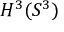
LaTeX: H ^ { 3 } ( S ^ { 3 } )